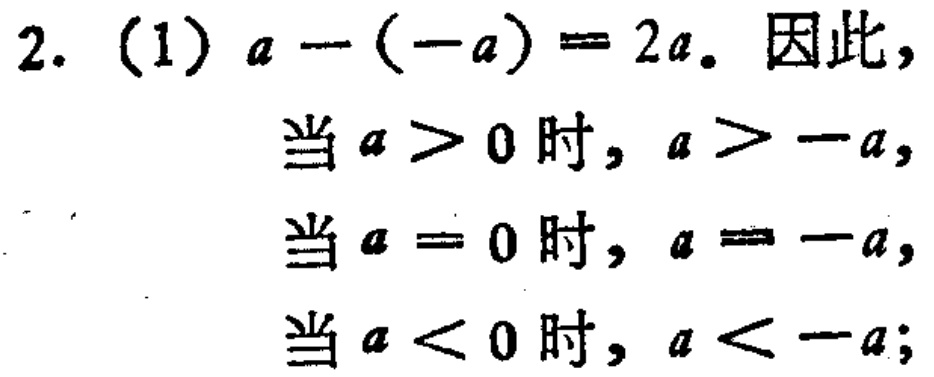
2. (1) \(a - (-a)=2a\). 因此，

当 \(a > 0\) 时, \(a > -a\),

当 \(a = 0\) 时, \(a = -a\),

当 \(a < 0\) 时, \(a < -a\);